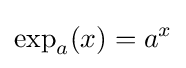
\exp _{a}(x)=a^{x}